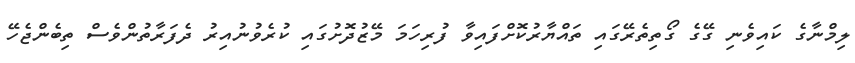
ލިމްނާގެ ކައިވެނި ގޭގެ ގޯތިތެރޭގައި ތައްޔާރުކޮށްފައިވާ ފުރިހަމަ މޭޒުދޮށުގައި ކުރެވުނުއިރު ދެފަރާތުންވެސް ތިބެންޖެހޭ